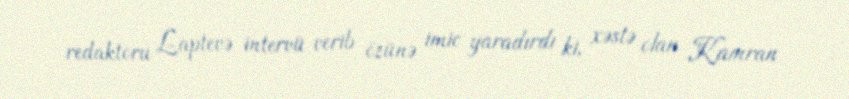
redaktoru Laptevə intervü verib özünə imic yaradırdı ki, xəstə olan Kamran